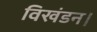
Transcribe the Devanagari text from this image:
विखंडन।